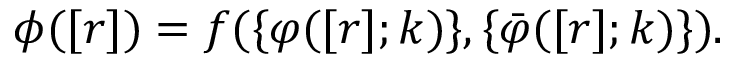
\phi ( [ r ] ) = f ( \{ \varphi ( [ r ] ; k ) \} , \{ \bar { \varphi } ( [ r ] ; k ) \} ) .